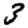
Digit: 3